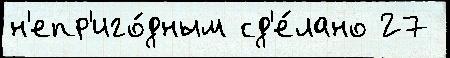
н'епр'иго́дным сд'е́лано 27